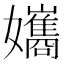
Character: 孈